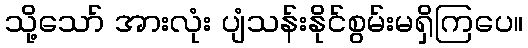
သို့သော် အားလုံး ပျံသန်းနိုင်စွမ်းမရှိကြပေ။